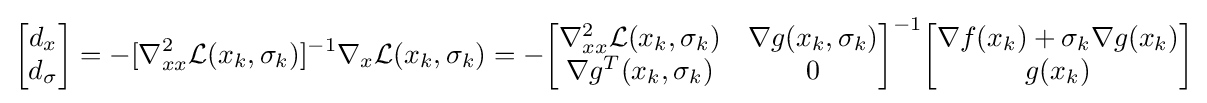
{\begin{bmatrix}d_{x}\\d_{\sigma }\end{bmatrix}}=-[\nabla _{xx}^{2}{\mathcal {L}}(x_{k},\sigma _{k})]^{-1}\nabla _{x}{\mathcal {L}}(x_{k},\sigma _{k})=-{\begin{bmatrix}\nabla _{xx}^{2}{\mathcal {L}}(x_{k},\sigma _{k})&\nabla g(x_{k},\sigma _{k})\\\nabla g^{T}(x_{k},\sigma _{k})&0\end{bmatrix}}^{-1}{\begin{bmatrix}\nabla f(x_{k})+\sigma _{k}\nabla g(x_{k})\\g(x_{k})\end{bmatrix}}